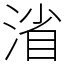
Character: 渻